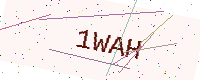
Text: 1WAH